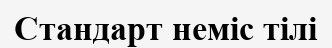
Стандарт неміс тілі